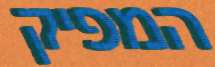
המפיק